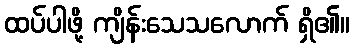
ထပ်ပါဖို့ ကျိန်းသေသလောက် ရှိ၏။